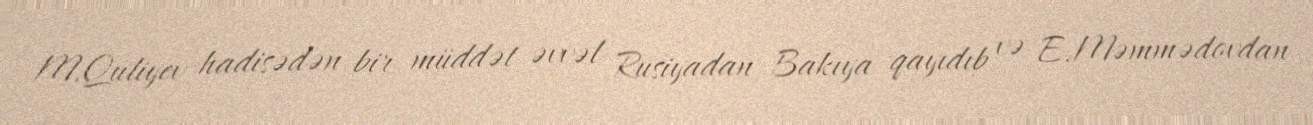
M.Quliyev hadisədən bir müddət əvvəl Rusiyadan Bakıya qayıdıb və E.Məmmədovdan